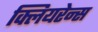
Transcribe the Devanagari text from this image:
क्लियरेन्स